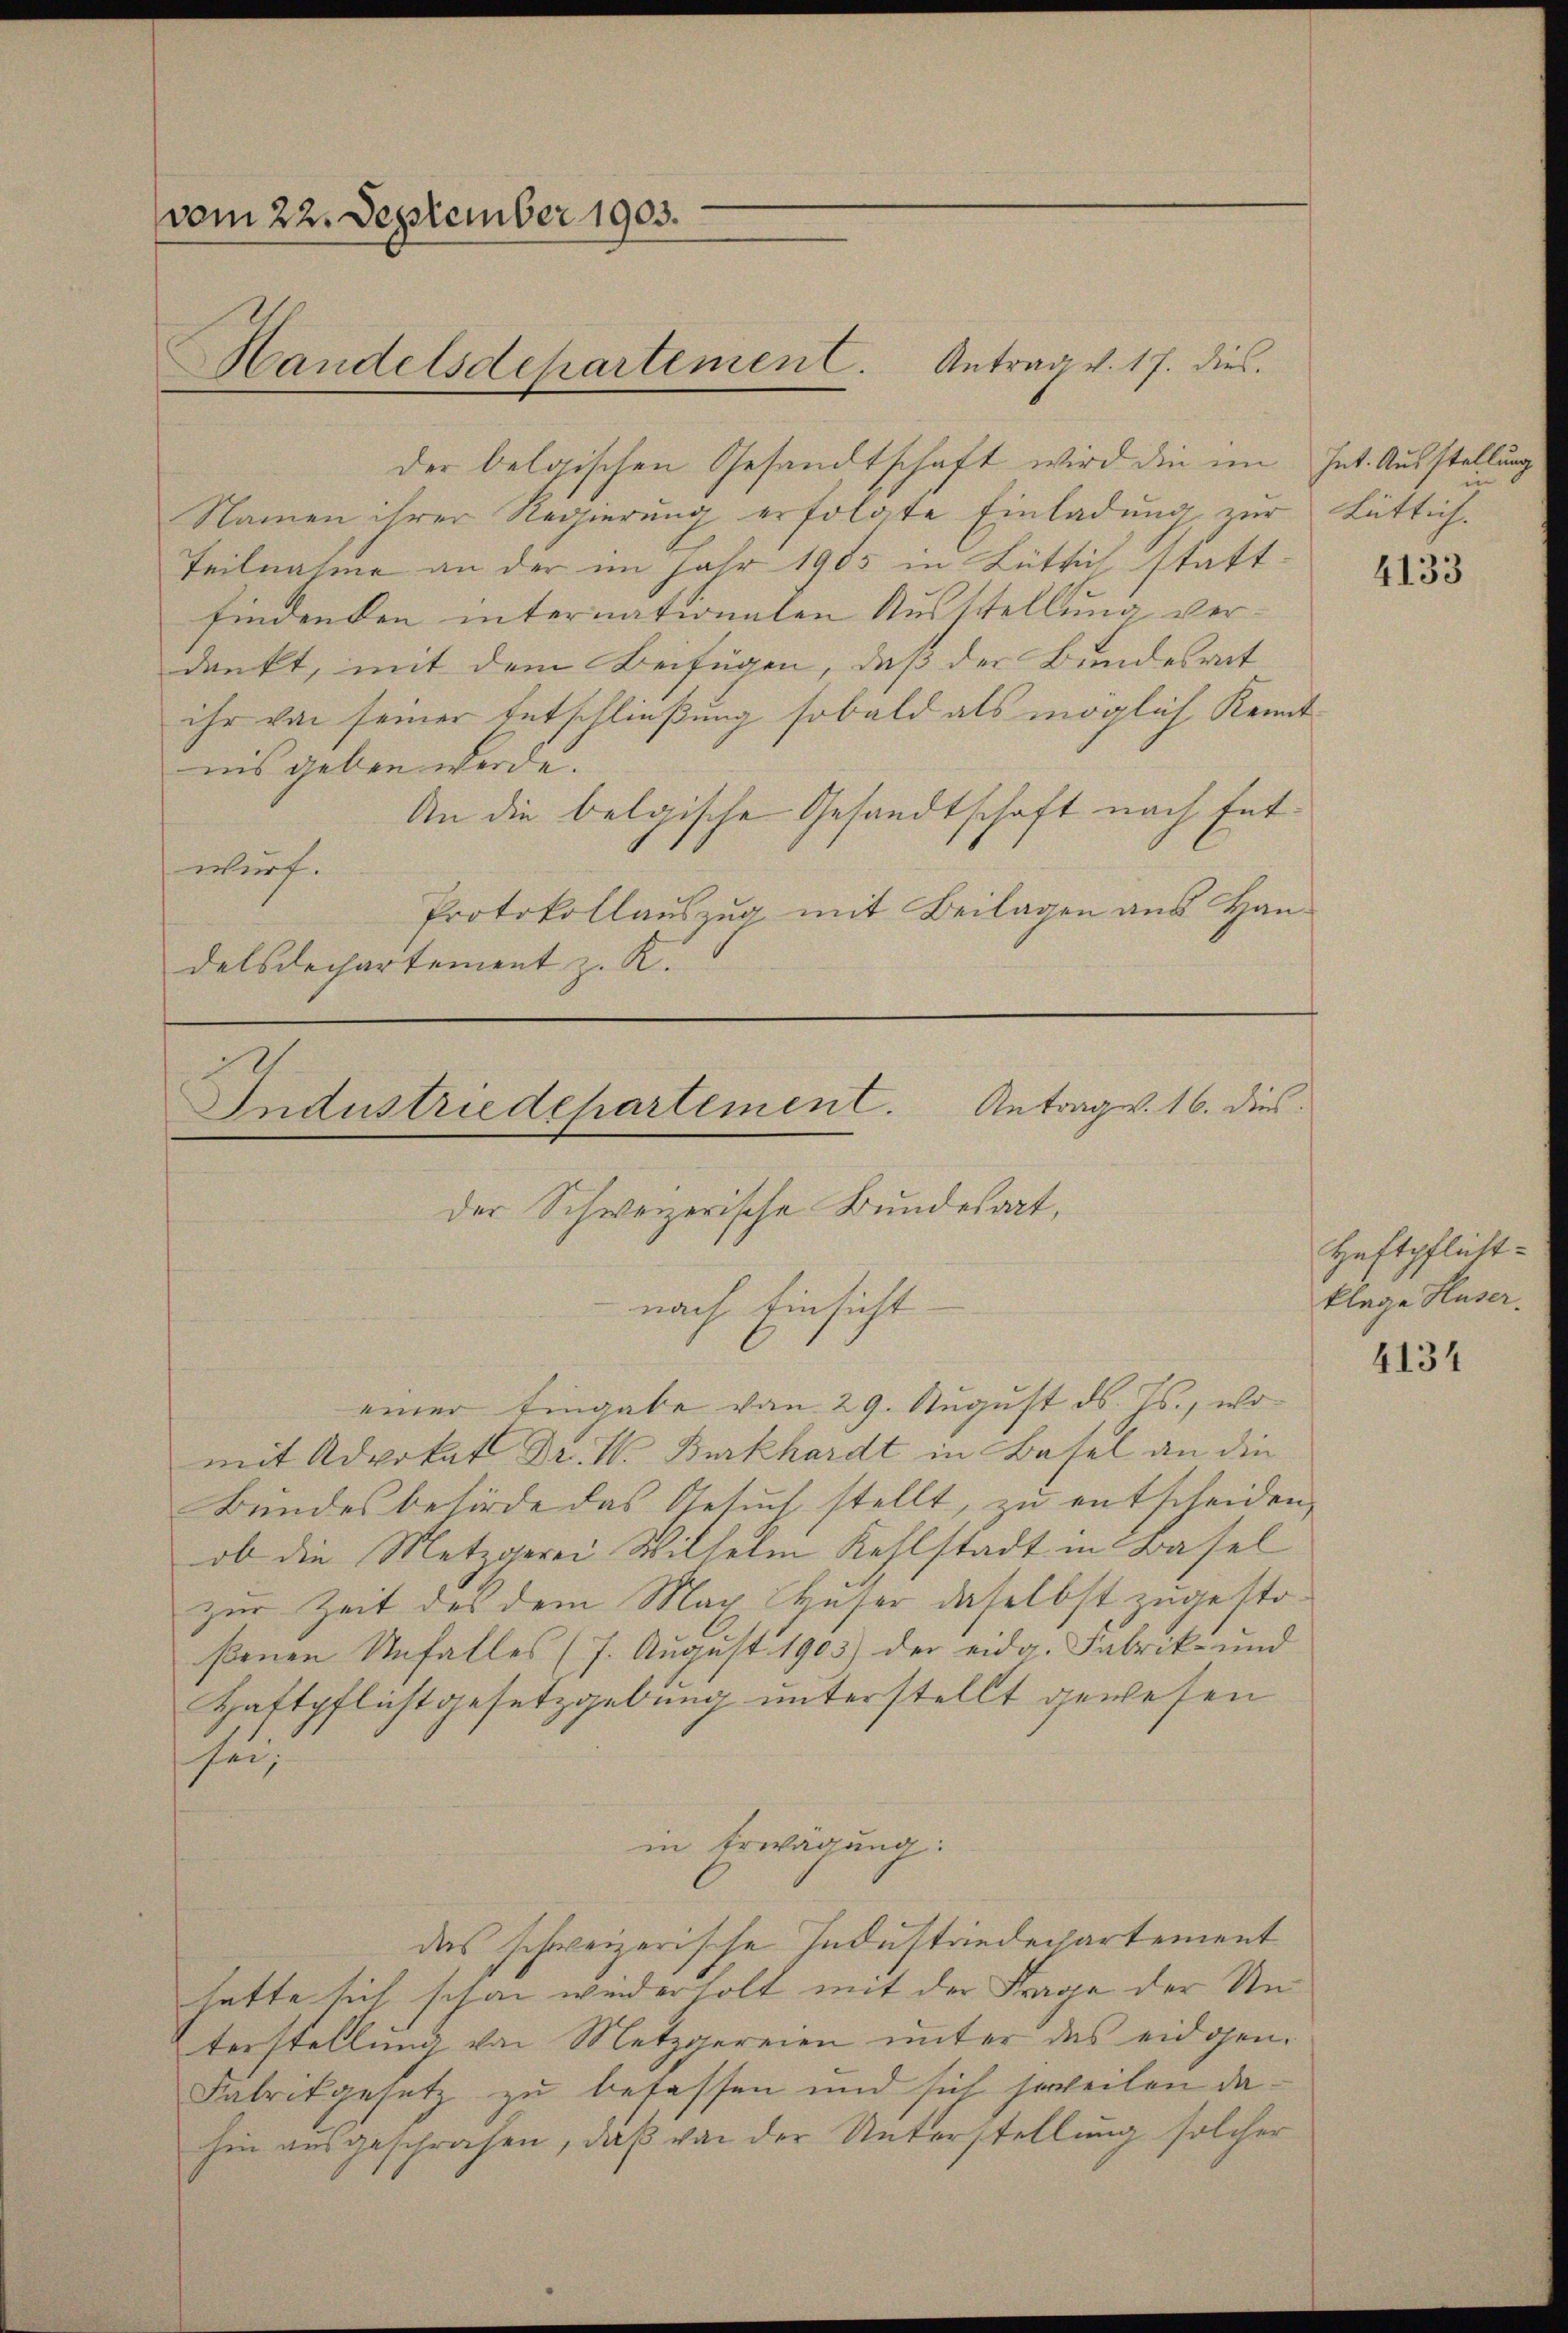
vom 22. September 1903.
Handelsdepartemen C. Antrag v. 17. dies.

der belgischen Gesandtschaft wird die im
Namen ihrer Regierung erfolgte Einladung zur Lüttich.
Teilnahme an der im Jahr 1905 in Lütlich statt-
findenden internationalen Ausstellung verdenkt, mit dem Beifügen, daß der Bundesrat
ihr von seiner Entschließung sobald als möglich Kenntnis geben werde.
An die belgische Gesandtschaft nach Entwurf.
Protokollauszug mit Beilagen aus Handelsdechartement z. K.

einer Eingabe von 29. August ds. Js., womit Advokat Dr. W. Burkhardt in Basel an die
Bundesbehörde das Gesuch stellt, zu entscheiden,
ob die Metzgerei Wilhelm Kehlstadt in Basel
zur Zeit des dem Max Huser daselbst zugestoßenen Unfalles (7. August 1903) der eidg. Fabrik- und
Haftpflichtgesetzgebung unterstellt gewesen
sei,
in Erwägung:
das schweizerische Industrindepartement
hatte sich schon wiederholt mit der Frage der Unterstellung von Metzgereien unter das eidgen.
Fabrikgesetz zŭ befassen und sich jeweilen da-
hin ausgeschräfen, daß von der Unterstellung solcher

Industriedepartement.
der Schweizerische Bundesart,
nach Einsicht

Antrag v. 16. dies

hnt. Ausstellung
i

4133

Haftpflichtklage Huser.

4134